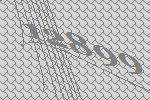
12899